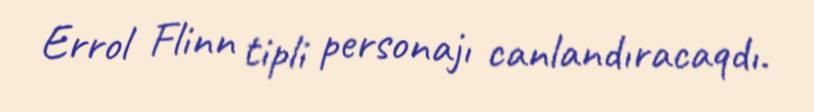
Errol Flinn tipli personajı canlandıracaqdı.